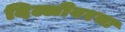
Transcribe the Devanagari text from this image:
दिल्लीवरचा